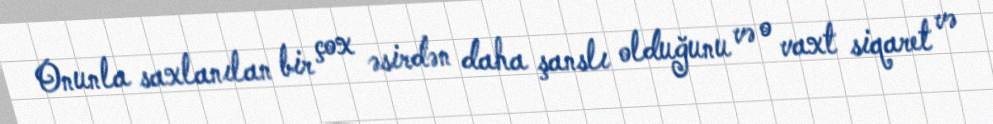
Onunla saxlanılan bir çox əsirdən daha şanslı olduğunu və o vaxt siqaret və